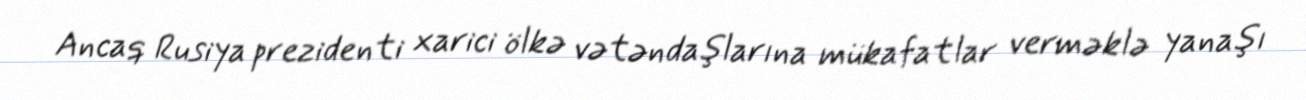
Ancaq Rusiya prezidenti xarici ölkə vətəndaşlarına mükafatlar verməklə yanaşı